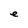
Character: e